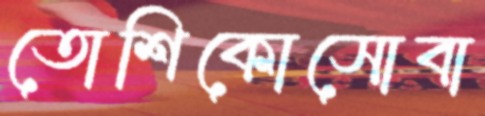
তোশিকোসোবা